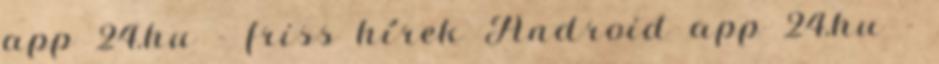
app 24.hu - friss hírek Android app 24.hu -